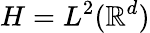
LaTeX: H=L^{2}(\mathbb R^{d})